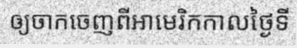
ឲ្យចាកចេញពីអាមេរិកកាលថ្ងៃទី